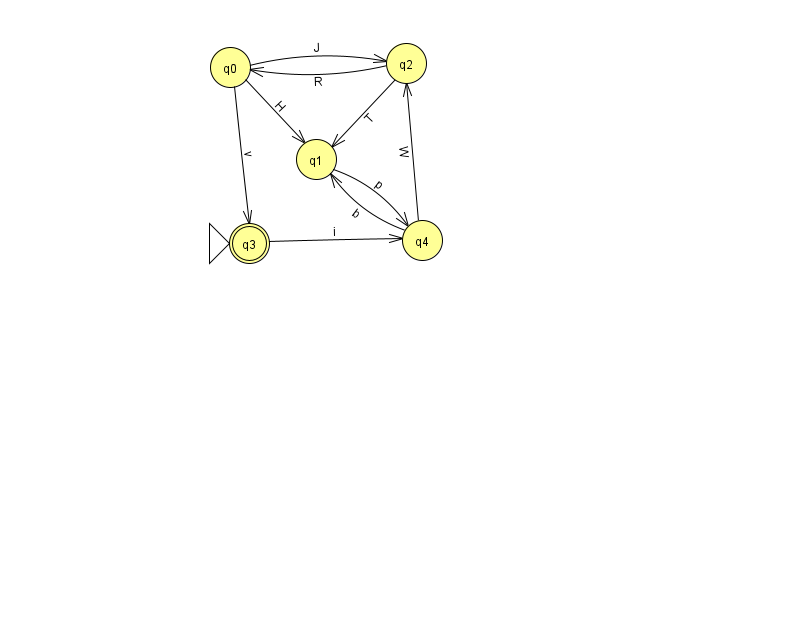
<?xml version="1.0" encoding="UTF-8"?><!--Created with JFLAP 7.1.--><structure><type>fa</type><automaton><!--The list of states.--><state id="0" name="q0"><x>230.0</x><y>54.0</y></state><state id="1" name="q1"><x>316.0</x><y>146.0</y></state><state id="2" name="q2"><x>406.0</x><y>50.0</y></state><state id="3" name="q3"><x>249.0</x><y>230.0</y><initial/><final/></state><state id="4" name="q4"><x>422.0</x><y>227.0</y></state><!--The list of transitions.--><transition><from>4</from><to>1</to><read>b</read></transition><transition><from>0</from><to>2</to><read>J</read></transition><transition><from>1</from><to>4</to><read>p</read></transition><transition><from>3</from><to>4</to><read>i</read></transition><transition><from>4</from><to>2</to><read>W</read></transition><transition><from>0</from><to>3</to><read>v</read></transition><transition><from>2</from><to>0</to><read>R</read></transition><transition><from>2</from><to>1</to><read>T</read></transition><transition><from>0</from><to>1</to><read>H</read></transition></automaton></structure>